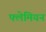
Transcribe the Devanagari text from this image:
फ्लेमियन